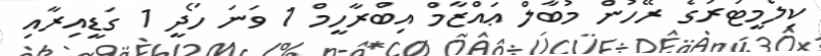
ކިލޯމީޓަރުގެ ރޭހުން މުބާލް ޢައްޒާމް އިބްރާހީމް 1 ވަނަ ހޯދީ 1 ގަޑީއިރާއި